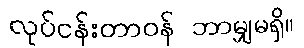
လုပ်ငန်းတာဝန် ဘာမျှမရှိ။